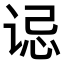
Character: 𫍪